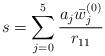
LaTeX: \begin{align*}s = \sum_{j=0}^5 {a_j {\bar w}_j^{(0)} \over r_{11}}\end{align*}